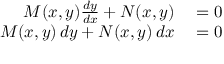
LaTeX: \begin{array} { r l } { M ( x , y ) { \frac { d y } { d x } } + N ( x , y ) } & { { } = 0 } \\ { M ( x , y ) \, d y + N ( x , y ) \, d x } & { { } = 0 } \end{array}